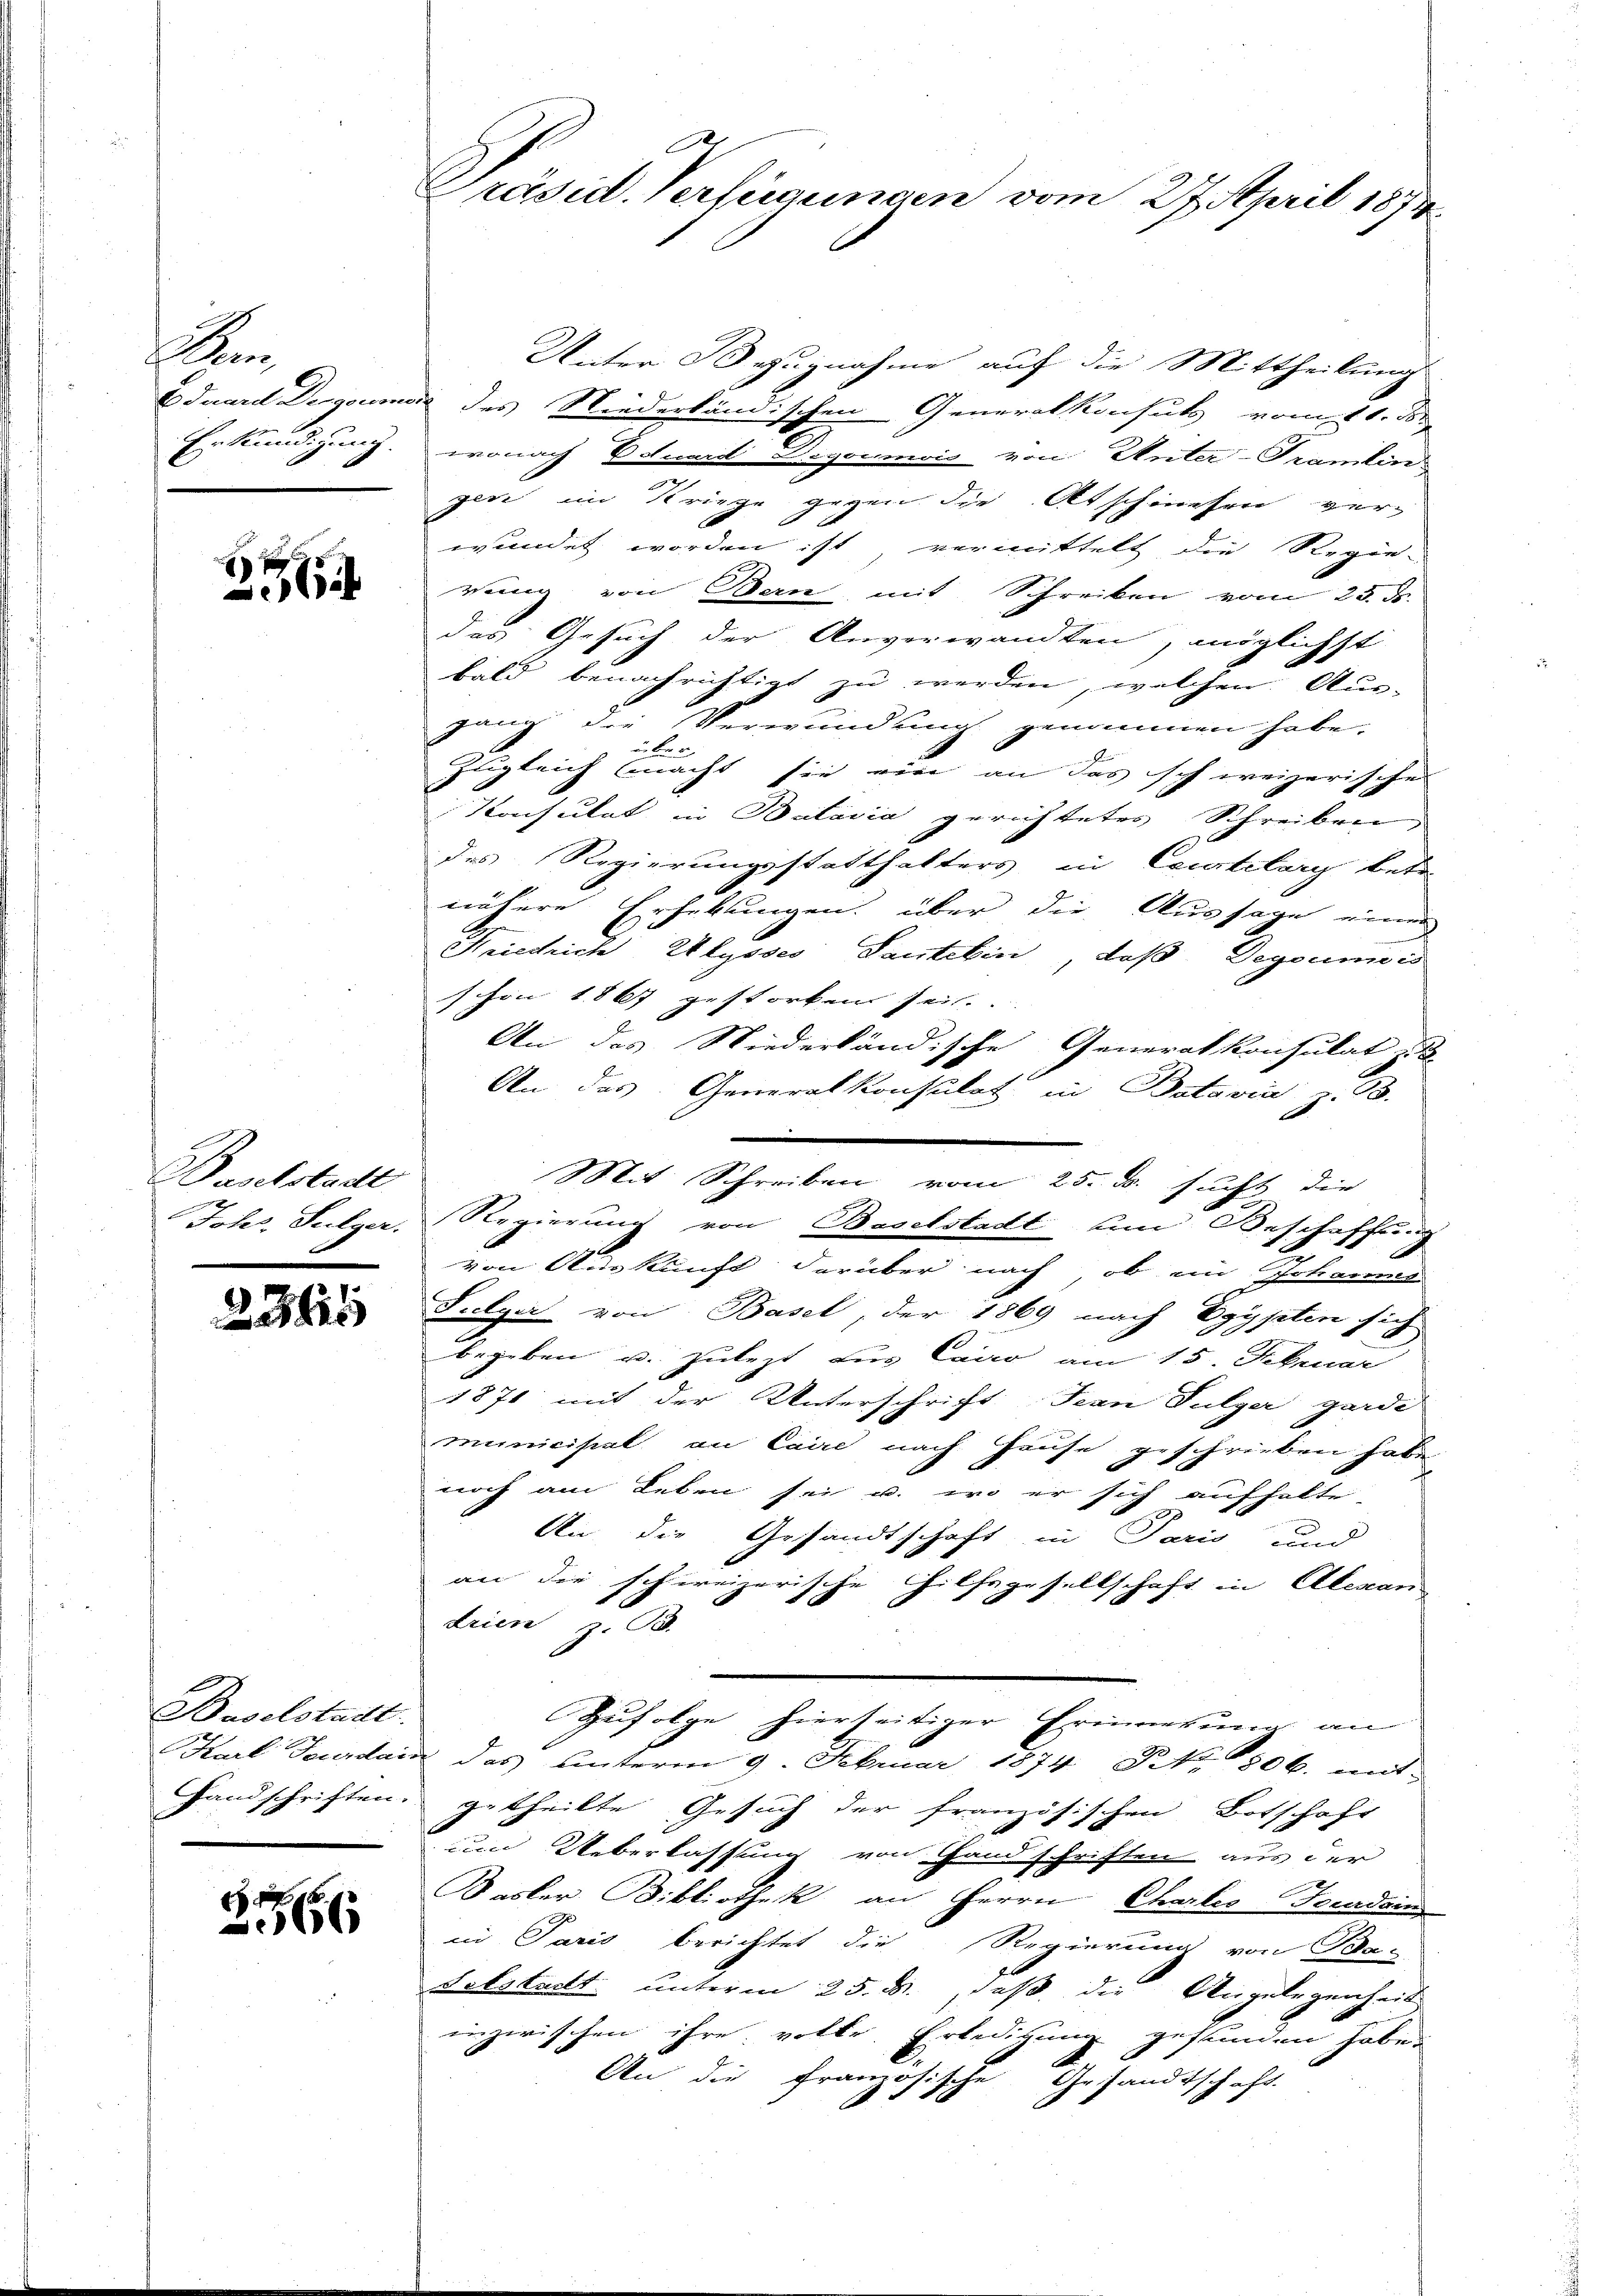
An
Erkündigung.

2

Baselstadt

2361

Unter Bezugnahme auf die Mittheilung
Eduard Degoumor des Niederländischen Generalkonsuls vom 11. d.
wonach Eduard Legemois von Unter-Tramin
gene im Kriege gegen die Abschiehen verwundet worden ist, vermittelt, die Regie-
rung von Bern, mit Schreiben vom 25. ds.
das Gesuch der Anverwandten, möglichst
bald benachrichtigt zu werden, welchen Aus-
gang die Verwundung genommen habe.
Zugleich macht sie wir an das schweizerische
Konsulat in Batavia gerichtetes Schreiben
des Regierungsstatthalters in Courtelary betr.
nähere Erhebungen, über die Aussage einer
Friedrich Ulysses Tantelin, daß Degeumeis
schon 1867 gestorben sei.
An das Niederländische Generalkonsulat z. B.
An das Generalkonsulat in Batavia z. 18.
e
Johs. Sulzer, Regierung von Baselstadt um Beschaffung
von Auskunft darüber nach, ob ein Johannes
Sulger von Basel, der 1869 nach Egypten sich
begeben u. zulezt zur Cairo am 15. Februar
1871 mit der Unterschrift. Jean Fulger garde
municipal an Caire nach Hause geschrieben habe
noch am Leben sei u. wo er sich aufhalte
An die Gesandtschaft in Paris und
an die schweizerische Hilfsgesellschaft in Alexan
drien z. B.
Zufolge hierseitiger Erinnerung an
Karl Tourdaiz das unterm 9. Februar 1874. Nr. 806. mit
Handschriften getheilte Gesuch der französischen Botschaft
um Ueberlassung von Hand schriften aus der
Kasler Bibliothek an Herrn Chartes Fourdain
in Paris berichtet die Regierung von Scha¬
Folstadt unterm 25. B., daß die Angelegenheit
inzwischen ihre votte Erledigung gefunden habe.
An die Französische Gesandtschaft.

Baselstadt

1
66

Präsid. Verfügungen vom 27. April 1873

Mit Schreiben vom 25. d. sucht die